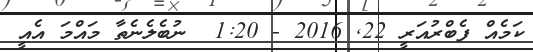
ކަމެއް ފެބްރުއަރީ 22